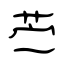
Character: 苎